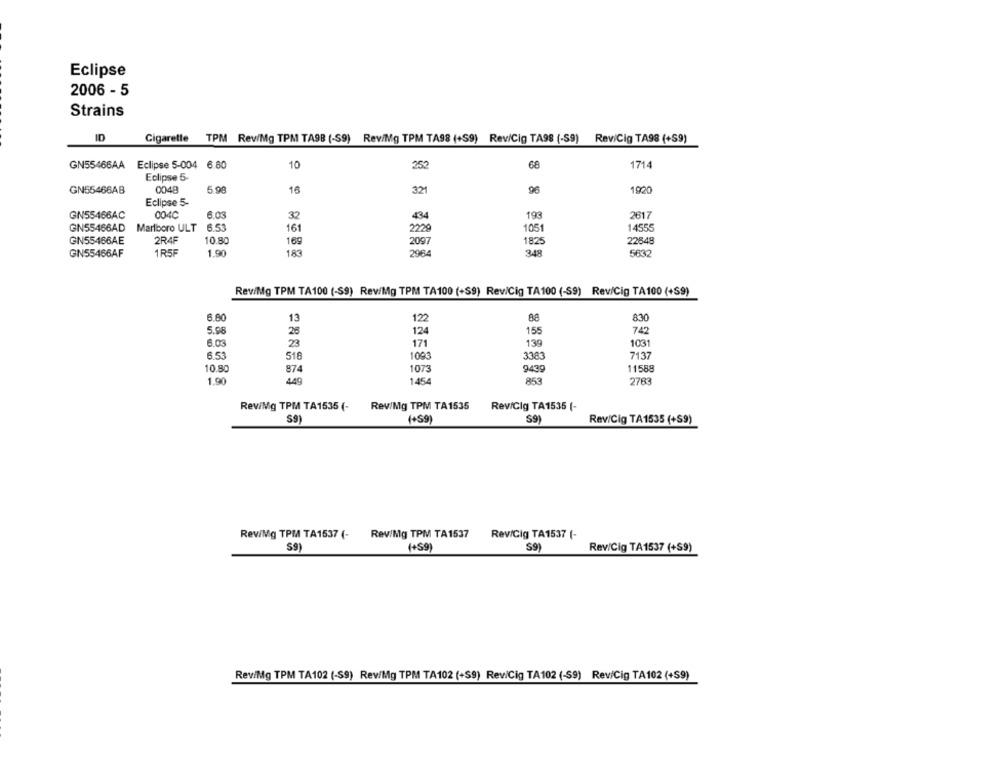
Eclipse
2006 - 5
Strains
ID
Cigarette TPM ReviMg TPM TASB (-S9) ReviMg TPM TA98 (+59) Rev/Cig TA98 (-59) ReviCig TA98 (+59)
GN55466AA Eclipse 5-004 6.80
10
252
68
1714
Eclipse 5.
GN55466AB
0048
5.98
16
321
96
1920
Eclipse 5-
6.03
193
GN55466AC
004C
32
434
2617
GN55466AD
Marlboro ULT 6.53
161
1051
14555
GN55466AE
2R4F
10.80
169
2097
1825
22548
183
GN55466AF
1R5F
1.90
2984
348
5632
ReviMg TPM TA100 (-S9) ReviMg TPM TA100 (+S9) ReviCig TA100 (-S9) Rev/Cig TA100 (+59)
6.80
13
122
88
830
5.98
26
124
155
74
6.03
139
1031
23
171
6.53
518
1093
3383
7137
10.80
874
1073
9439
11589
1.90
449
1454
853
2783
ReviMg TPM TA1535 (-
Rev/Mg TPM TA1535
Rev/Clg TA1535 (-
$9
(+59)
S9)
Rev/Cig TA1535 (+S9)
ReviMg TPM TA1537 (- Rev/Mg TPM TA1537
Rev/Cig TA1537 (-
S9
(+S9)
$9)
Rev/Cig TA1537 (+S9)
ReviMg TPM TA102 (-SS) Rev/Mg TPM TA102 (+S9) Rev/Cig TA102 (-S9) ReviCig TA102 (+S9)